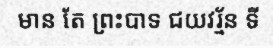
មាន តែ ព្រះបាទ ជយវរ្ម័ន ទី